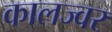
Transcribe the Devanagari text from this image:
कालज्वर